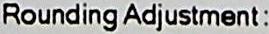
ROUNDING ADJUSTMENT :